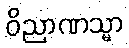
ဝိညာဏသ္မာ